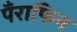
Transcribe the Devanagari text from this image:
पँराफिन